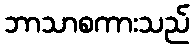
ဘာသာစကားသည်